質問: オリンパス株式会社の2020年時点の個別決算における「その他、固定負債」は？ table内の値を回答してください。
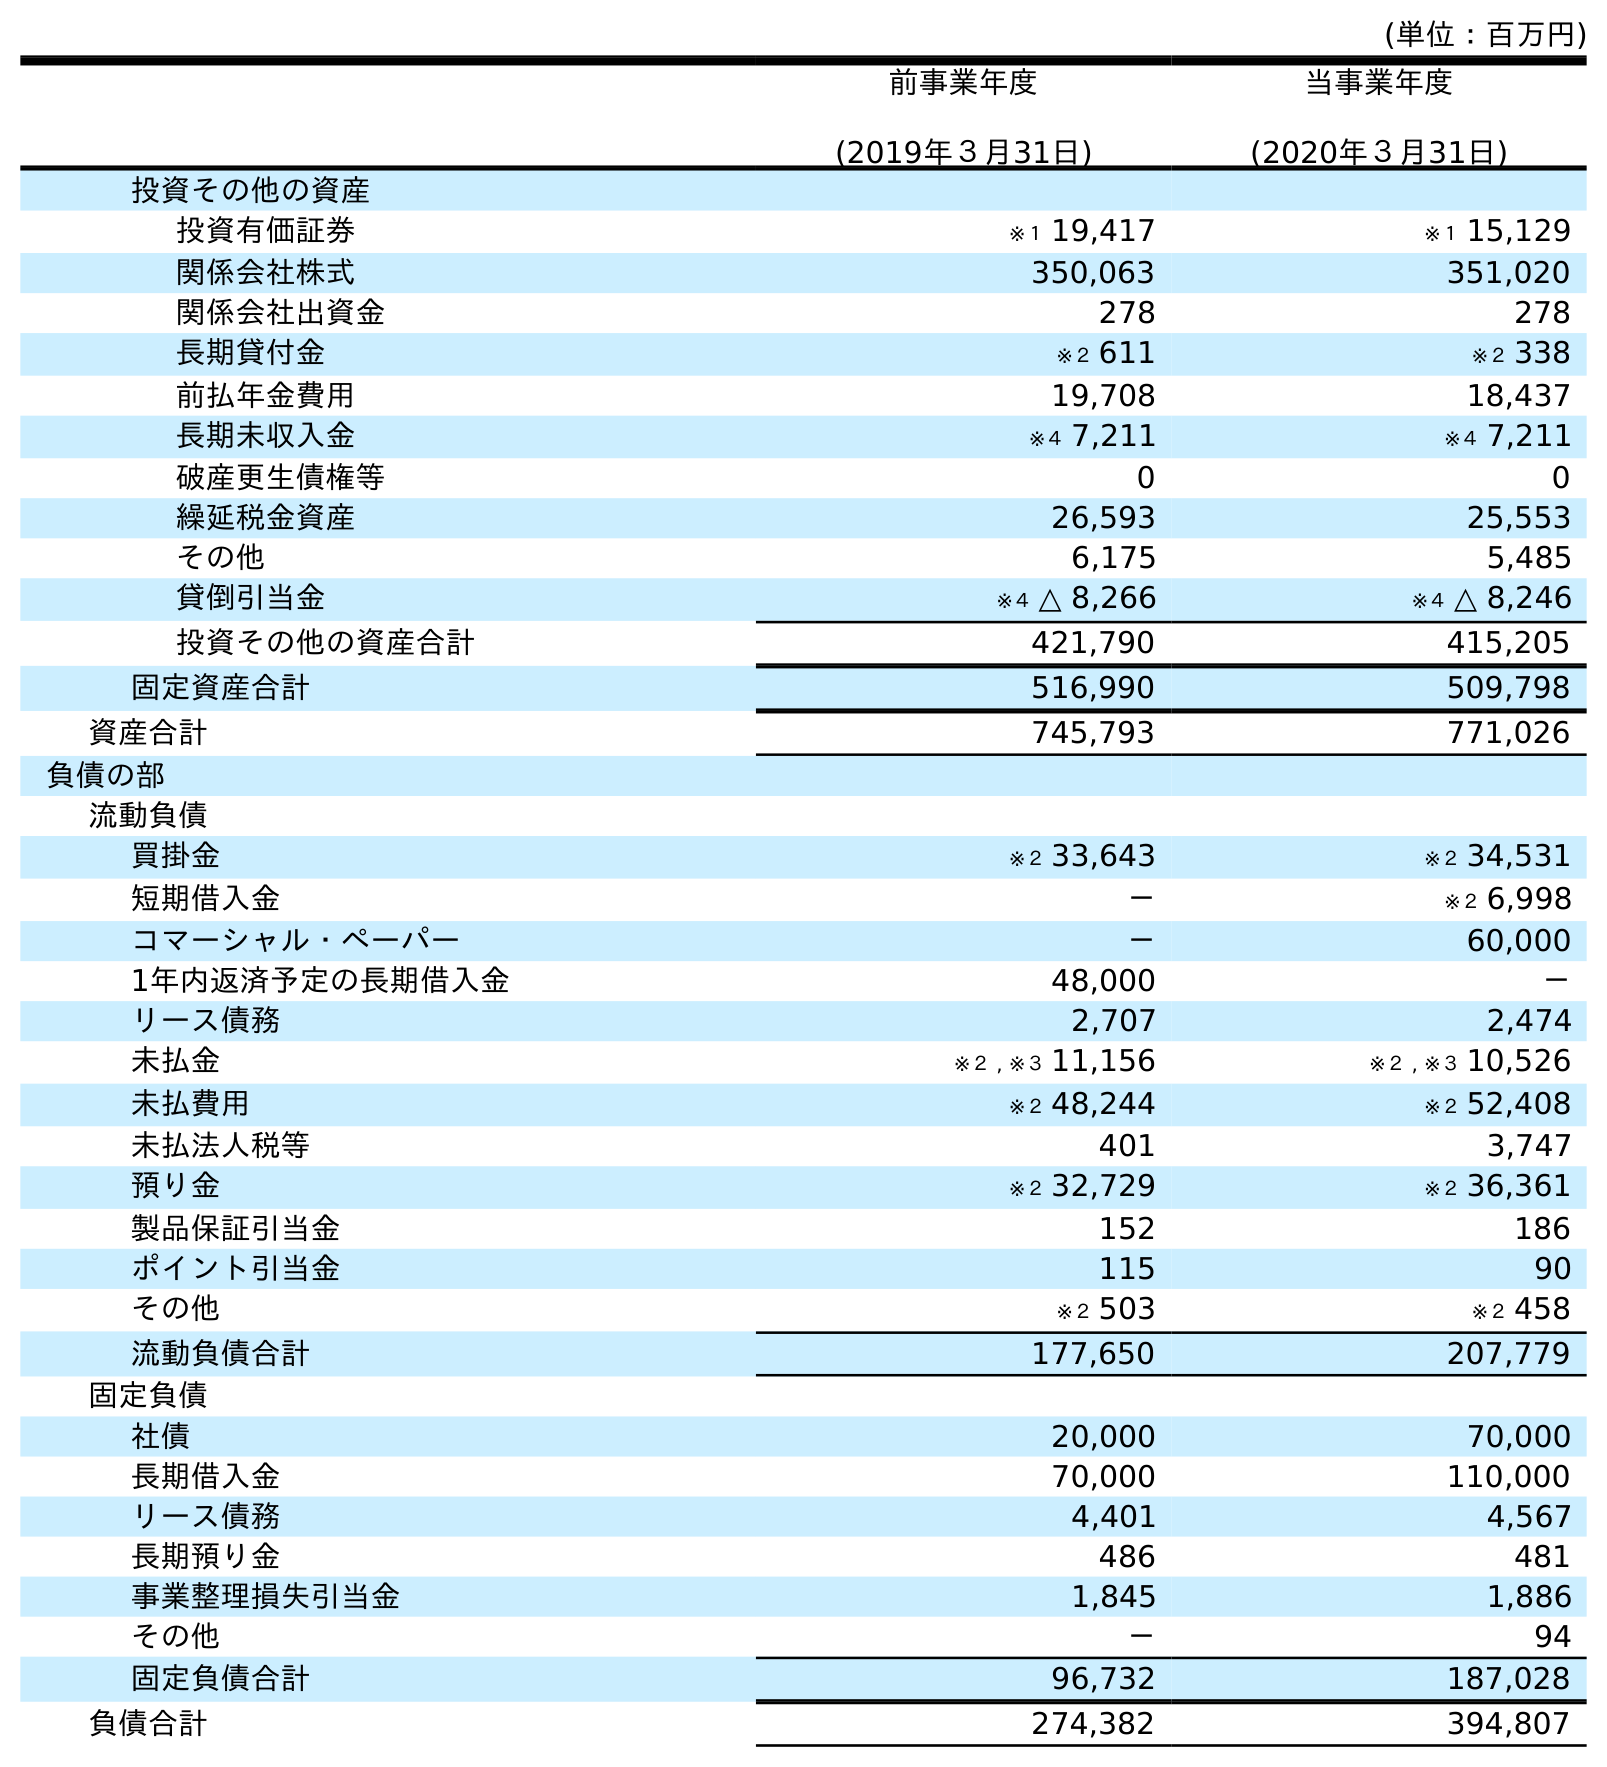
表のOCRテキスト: (単位：百万円) 前事業年度 (2019年３月31日) 当事業年度 (2020年３月31日) 投資その他の資産 投資有価証券 ※１ 19,417 ※１ 15,129 関係会社株式 350,063 351,020 関係会社出資金 278 278 長期貸付金 ※２ 611 ※２ 338 前払年金費用 19,708 18,437 長期未収入金 ※４ 7,211 ※４ 7,211 破産更生債権等 0 0 繰延税金資産 26,593 25,553 その他 6,175 5,485 貸倒引当金 ※４ △ 8,266 ※４ △ 8,246 投資その他の資産合計 421,790 415,205 固定資産合計 516,990 509,798 資産合計 745,793 771,026 負債の部 流動負債 買掛金 ※２ 33,643 ※２ 34,531 短期借入金 － ※２ 6,998 コマーシャル・ペーパー － 60,000 1年内返済予定の長期借入金 48,000 － リース債務 2,707 2,474 未払金 ※２ , ※３ 11,156 ※２ , ※３ 10,526 未払費用 ※２ 48,244 ※２ 52,408 未払法人税等 401 3,747 預り金 ※２ 32,729 ※２ 36,361 製品保証引当金 152 186 ポイント引当金 115 90 その他 ※２ 503 ※２ 458 流動負債合計 177,650 207,779 固定負債 社債 20,000 70,000 長期借入金 70,000 110,000 リース債務 4,401 4,567 長期預り金 486 481 事業整理損失引当金 1,845 1,886 その他 － 94 固定負債合計 96,732 187,028 負債合計 274,382 394,807
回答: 94